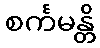
စင်္ကမန္တိ